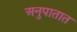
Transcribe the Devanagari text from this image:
अनुपातात